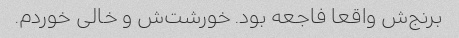
برنج‌ش واقعا فاجعه بود. خورشت‌ش و خالی خوردم.